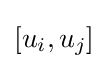
[u_{i},u_{j}]